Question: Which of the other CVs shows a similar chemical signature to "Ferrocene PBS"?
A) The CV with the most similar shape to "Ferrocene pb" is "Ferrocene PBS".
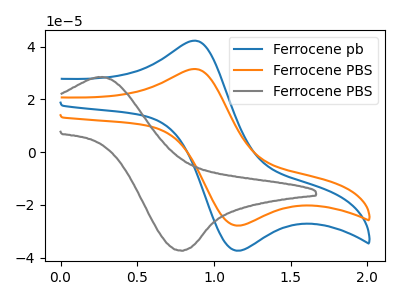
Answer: <think>The blue curve "Ferrocene pb" has an anodic peak at (0.85V, 42.20uA) and a cathodic peak at (1.15V, -37.35uA). The orange curve "Ferrocene PBS" has an anodic peak at (0.85V, 31.45uA) and a cathodic peak at (1.15V, -27.85uA). The gray curve "Ferrocene PBS" has an anodic peak at (0.25V, 28.35uA) and a cathodic peak at (0.80V, -37.40uA).
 All the peaks in "Ferrocene pb" have a peak in "Ferrocene PBS" at the same potential. Every peak in "Ferrocene pb" is higher than every peak in "Ferrocene PBS". "Ferrocene pb" and "Ferrocene PBS" have at least one peak that do not match. "Ferrocene PBS" and "Ferrocene PBS" have at least one peak that do not match.</think>
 <answer>A) The CV with the most similar shape to "Ferrocene pb" is "Ferrocene PBS".</answer>
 <eval>A</eval>